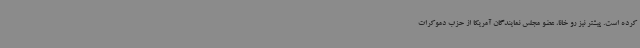
کرده است. پیشتر نیز رو خانا، عضو مجلس نمایندگان آمریکا از حزب دموکرات